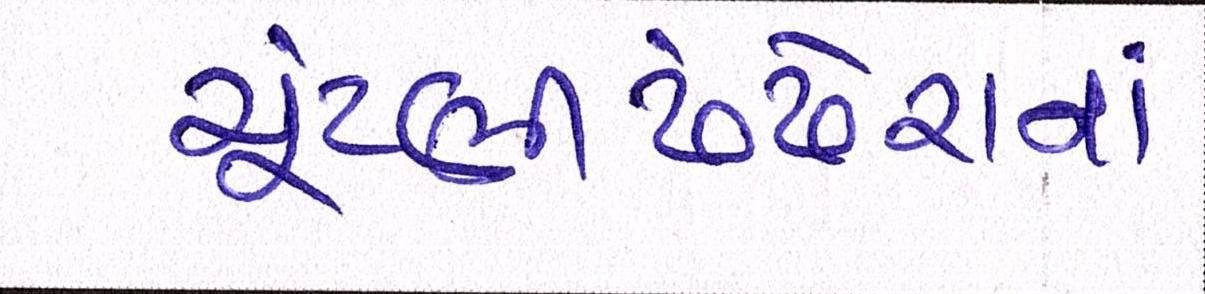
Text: ચૂંટણીઢંઢેરાનાં